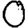
Digit: 0